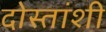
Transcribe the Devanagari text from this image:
दोस्तांशी